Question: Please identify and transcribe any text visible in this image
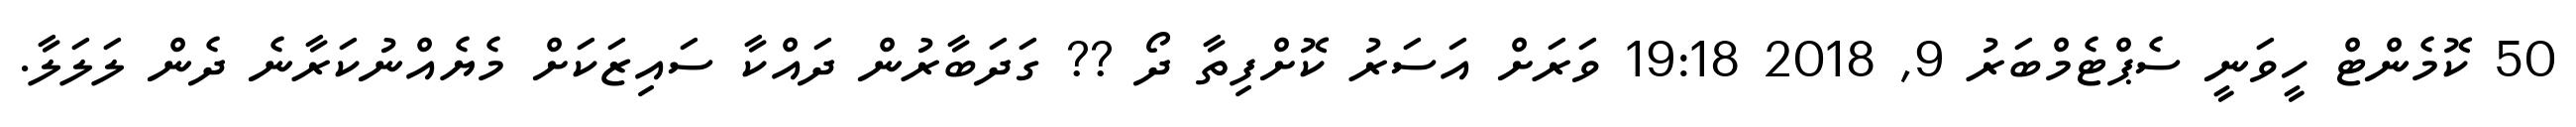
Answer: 50 ކޮމެންޓް ހީވަނީ ސެޕްޓެމްބަރު 9, 2018 19:18 ވަރަށް އަސަރު ކޮށްފިތާ ދޯ ?? ގަދަބާރުން ދައްކާ ސައިޒަކަށް މެޔެއްނުކަރާނެ ދެން ލަލަލާ.